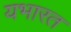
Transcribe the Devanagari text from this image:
यभारत